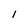
Character: 1